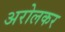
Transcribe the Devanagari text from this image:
अरोलकर